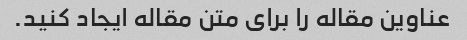
عناوین مقاله را برای متن مقاله ایجاد کنید.